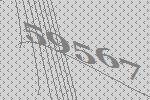
59567